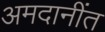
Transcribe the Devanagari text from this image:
अमदानींत